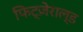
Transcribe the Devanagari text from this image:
फिट्ज़ेराल्ड